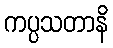
ကပ္ပသတာနိ